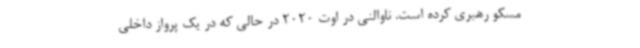
مسکو رهبری کرده است. ناوالنی در اوت 2020 در حالی که در یک پرواز داخلی